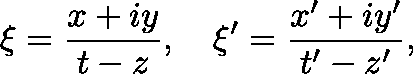
{ \mathsf { \xi } } = { \frac { x + i y } { t - z } } , \quad \xi ^ { \prime } = { \frac { x ^ { \prime } + i y ^ { \prime } } { t ^ { \prime } - z ^ { \prime } } } ,